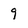
Character: 9